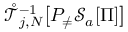
\mathring { \mathcal { T } } _ { j , N } ^ { - 1 } \big [ P _ { \neq } \mathcal { S } _ { a } [ \Pi ] \big ]